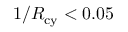
1 / R _ { \mathrm { c y } } < 0 . 0 5